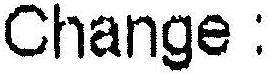
CHANGE :